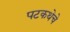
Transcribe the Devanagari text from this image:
पटकथेचे